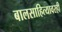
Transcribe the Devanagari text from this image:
बालसाहित्यावरही